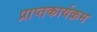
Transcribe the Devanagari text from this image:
प्राप्तकार्यक्रम